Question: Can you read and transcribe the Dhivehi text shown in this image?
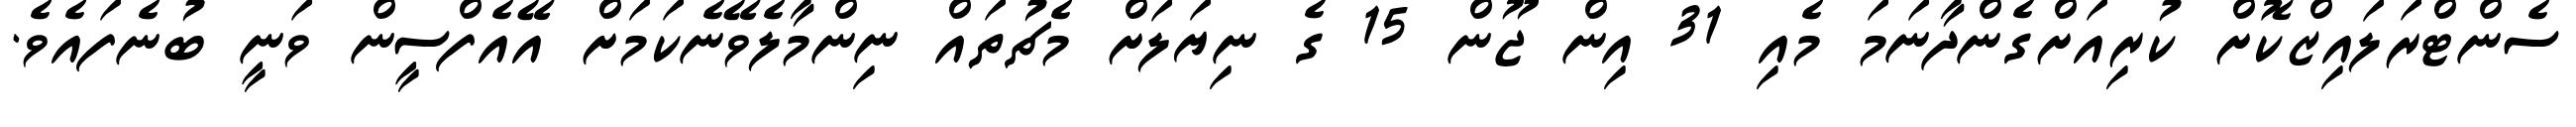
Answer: ސެންޓްރަލައިޒްކޮށް ކުރިއަށްގެންދާނަމަ މެއި 31 އިން ޖޫން 15 ގެ ނިޔަލަށް މެޗުތައް ނިންމާލެވޭނެކަމަށް އޭއެފްސީން ވަނީ ބުނެފައެވެ.